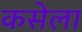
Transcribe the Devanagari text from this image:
कसेला